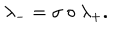
\lambda _ { - } = \sigma \circ \lambda _ { + } .